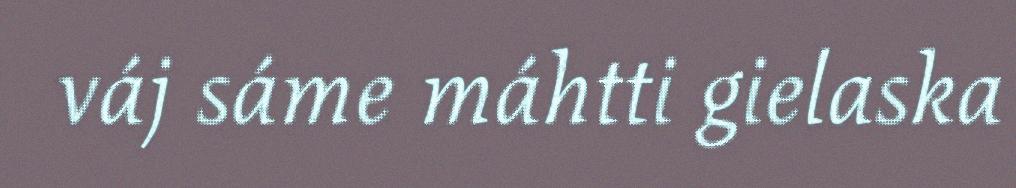
váj sáme máhtti gielaska